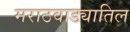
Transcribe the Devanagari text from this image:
मराठवाड्यातिल